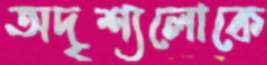
অদৃশ্যলোকে